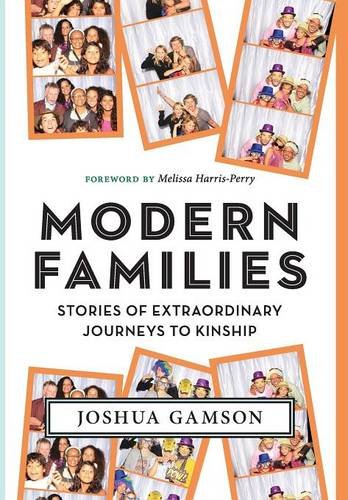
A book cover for Modern Families: Stories of Extraordinary Journeys to Kinship; Joshua Gamson; Gay & Lesbian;